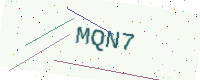
Text: MQN7